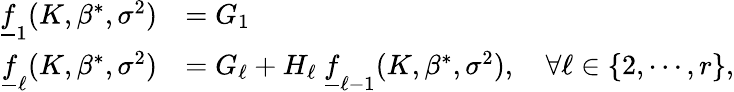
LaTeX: \begin{array}{rl}{\underline{{f}}_{1}(K,\beta^{*},\sigma^{2})}&{=G_{1}}\\ {\underline{{f}}_{\ell}(K,\beta^{*},\sigma^{2})}&{=G_{\ell}+H_{\ell}\ \underline{{f}}_{\ell-1}(K,\beta^{*},\sigma^{2}),\quad\forall\ell\in\{ 2,\cdots,r\} ,}\end{array}